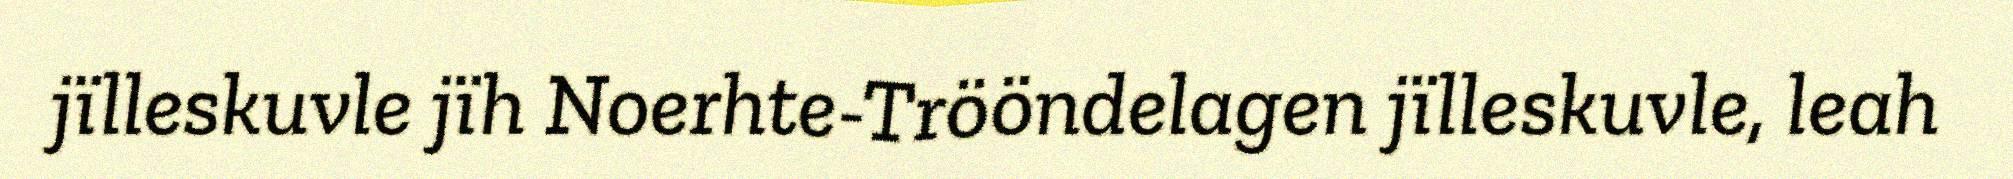
jïlleskuvle jïh Noerhte-Trööndelagen jïlleskuvle, leah